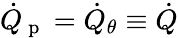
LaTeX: \dot{Q}_{\mathrm{~p~}}=\dot{Q}_{\theta}\equiv\dot{Q}